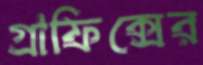
গ্রাফিক্সের